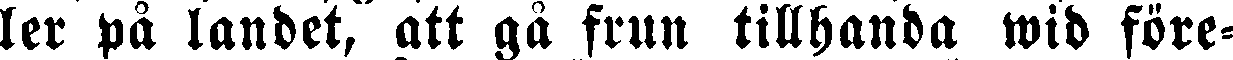
ler på landet, att gå frun tillhanda wid före-